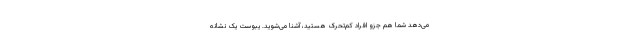
می‌دهد شما هم جزو افراد کم‌تحرک هستید، آشنا می‌شوید. یبوست یک نشانه